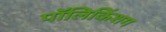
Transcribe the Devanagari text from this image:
पॉलिकिंशग